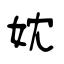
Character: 妉